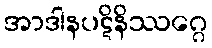
အာဒါနပဋိနိဿဂ္ဂေ